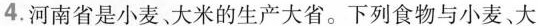
4.河南省是小麦。大米的生产大省。下列食物与小麦。大